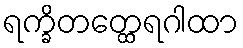
ရက္ခိတတ္ထေရဂါထာ